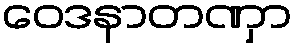
ဝေဒနာတဏှာ